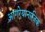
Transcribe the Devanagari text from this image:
आगरेयानाजिक